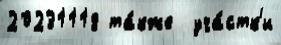
20231118 та́кже  уча́стк'и